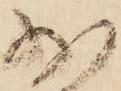
少